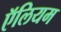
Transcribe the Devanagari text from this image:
ऍलियम